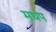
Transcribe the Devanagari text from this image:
मधप